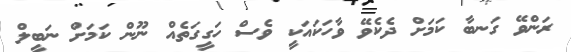
ރަންވޭ ގަނބާ ކަމަށް ދެކެވޭ ވާހަކައަކީ ވެސް ހަގީގަތެއް ނޫން ކަމަށް ނަބީލް